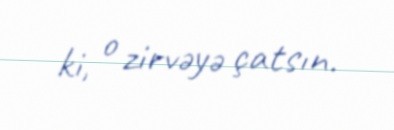
ki, o zirvəyə çatsın.